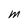
Character: M